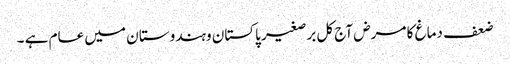
ضعف دماغ کا مرض آج کل برصغیر پاکستان وہندوستا ن میں عام ہے ۔